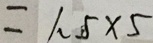
= 1 . 5 \times 5